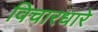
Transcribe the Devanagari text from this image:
विचारधारे